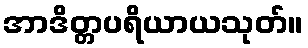
အာဒိတ္တပရိယာယသုတ်။